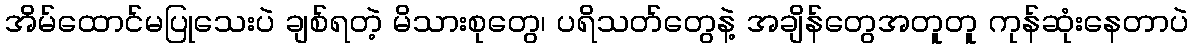
အိမ်ထောင်မပြုသေးပဲ ချစ်ရတဲ့ မိသားစုတွေ၊ ပရိသတ်တွေနဲ့ အချိန်တွေအတူတူ ကုန်ဆုံးနေတာပဲ